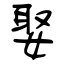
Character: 娶